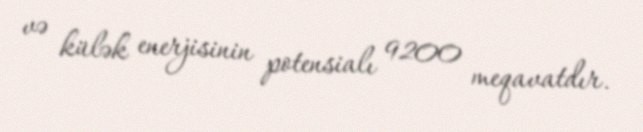
və külək enerjisinin potensialı 9200 meqavatdır.